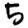
Digit: 5